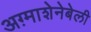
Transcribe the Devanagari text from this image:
अग़्माशेनेबेली